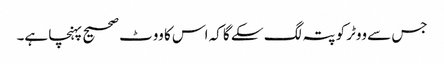
جس سے ووٹر کو پتہ لگ سکے گا کہ اس کا ووٹ صحیح پہنچا ہے۔